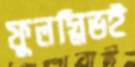
ফুলস্লিভই